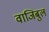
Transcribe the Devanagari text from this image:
वाजिबुल